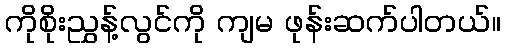
ကိုစိုးညွှန့်လွင်ကို ကျမ ဖုန်းဆက်ပါတယ်။